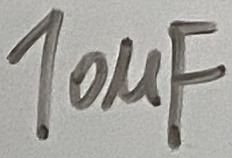
Text: 10µF